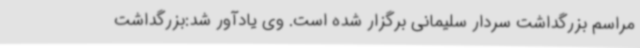
مراسم بزرگداشت سردار سلیمانی برگزار شده است. وی یادآور شد:بزرگداشت